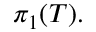
\pi _ { 1 } ( T ) .